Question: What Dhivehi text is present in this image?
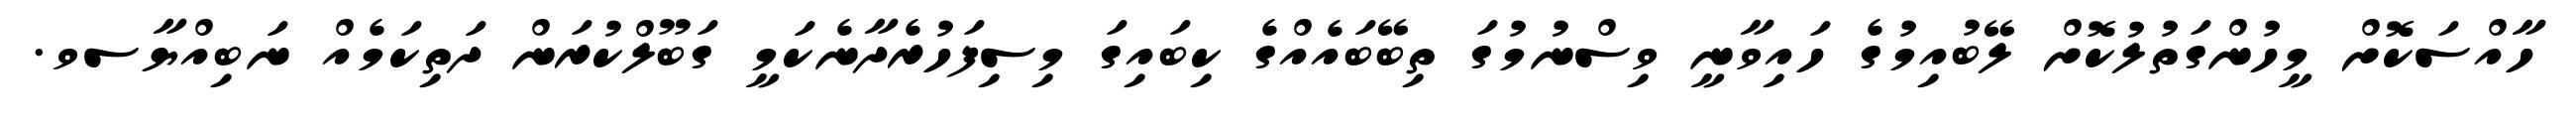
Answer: ހާއްސަކޮށް މީހުންގަތުލުކޮށް ލޭބުއިމުގެ ހައިވާނީ ވިސްނުމުގަ ތިބޭބައެއްގެ ކިބައިގަ މިސިފަހުރެދާނެކަމީ ގަބޫލްކުރަން ދަތިކަމެއް ނަބިއްޔާސވ.